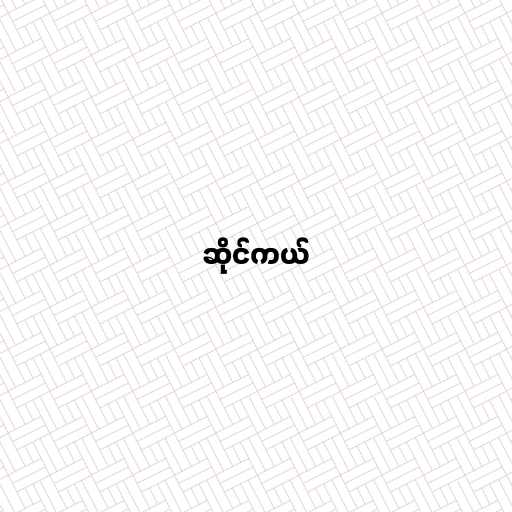
ဆိုင်ကယ်